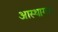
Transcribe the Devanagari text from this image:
आस्थागत